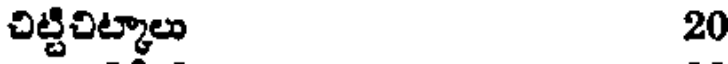
చిట్టిచిట్కాలు 20